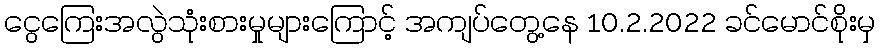
ငွေကြေးအလွဲသုံးစားမှုများကြောင့် အကျပ်တွေ့နေ 10.2.2022 ခင်မောင်စိုးမှ